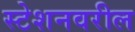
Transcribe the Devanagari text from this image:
स्टेशनवरील